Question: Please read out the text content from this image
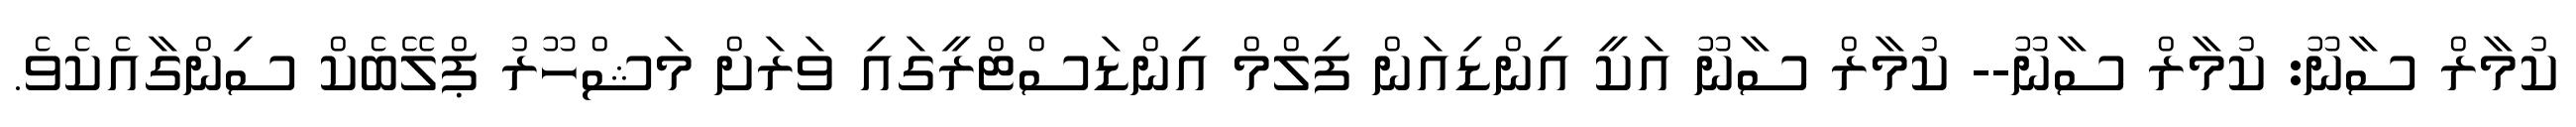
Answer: ކުމާރް ސާނޫ: ކުމާރް ސާނޫ-- ކުމާރް ސާނޫ އަކީ އިންޑިއަން ފިލްމް އިންޑަސްޓްރީގައި ވަރަށް މަޝްހޫރު ޕްލޭބެކް ސިންގާއެކެވެ.